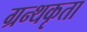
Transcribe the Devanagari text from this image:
ग्रन्थकृता